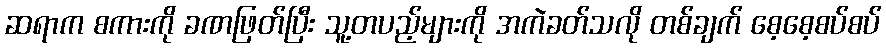
ဆရာက စကားကို ခဏဖြတ်ပြီး သူ့တပည့်များကို အကဲခတ်သလို တစ်ချက် စေ့စေ့စပ်စပ်